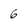
Character: 6